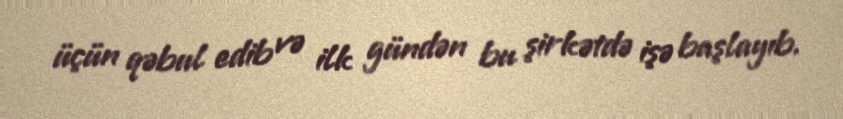
üçün qəbul edib və ilk gündən bu şirkətdə işə başlayıb.